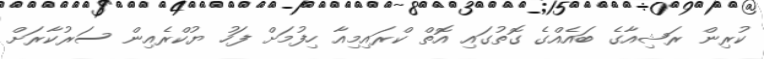
ކުރިން ރަޝިއާގެ ބައެއްގެ ގޮތުގައި އޮތް ކްރައިމިއާ ހިފުމަށް ފަހު ޔުކްރެއިން ސަރުކާރަށް